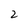
Character: 2